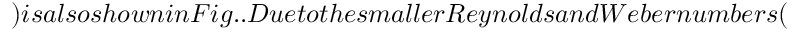
) i s a l s o s h o w n i n F i g . . D u e t o t h e s m a l l e r R e y n o l d s a n d W e b e r n u m b e r s (